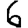
Digit: 6